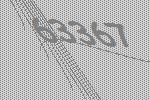
63367